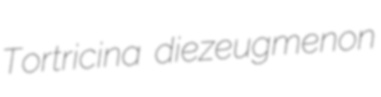
Tortricina diezeugmenon